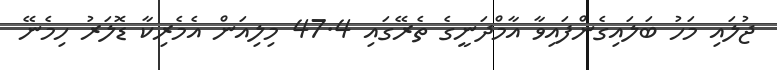
ޖުލައި މަހު ބަލައިގެންފައިވާ އާމްދަނީގެ ތެރޭގައި 47.4 މިލިއަން އެމެރިކާ ޑޮލަރު ހިމެނޭ